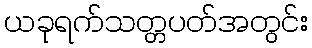
ယခုရက်သတ္တပတ်အတွင်း